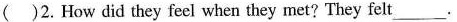
()2. How did they feel when they met? They felt___.